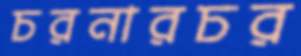
চরনারচর